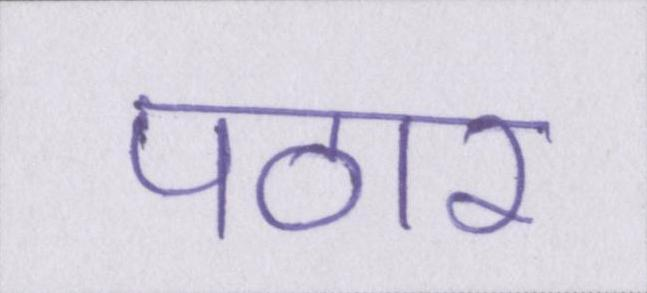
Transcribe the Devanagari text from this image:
पठार